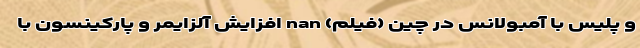
و پلیس با آمبولانس در چین (فیلم) nan افزایش آلزایمر و پارکینسون با